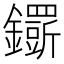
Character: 𨯴